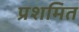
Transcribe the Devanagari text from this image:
प्रशमित